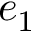
e _ { 1 }